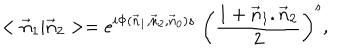
< { \vec { n } } _ { 1 } | { \vec { n } } _ { 2 } > = e ^ { i \Phi ( { \vec { n } } _ { 1 } , { \vec { n } } _ { 2 } , { \vec { n } } _ { 0 } ) s } \; { \left( { \frac { 1 + { \vec { n } } _ { 1 } . { \vec { n } } _ { 2 } } { 2 } } \right) } ^ { s } ,